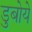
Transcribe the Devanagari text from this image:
डुबोये